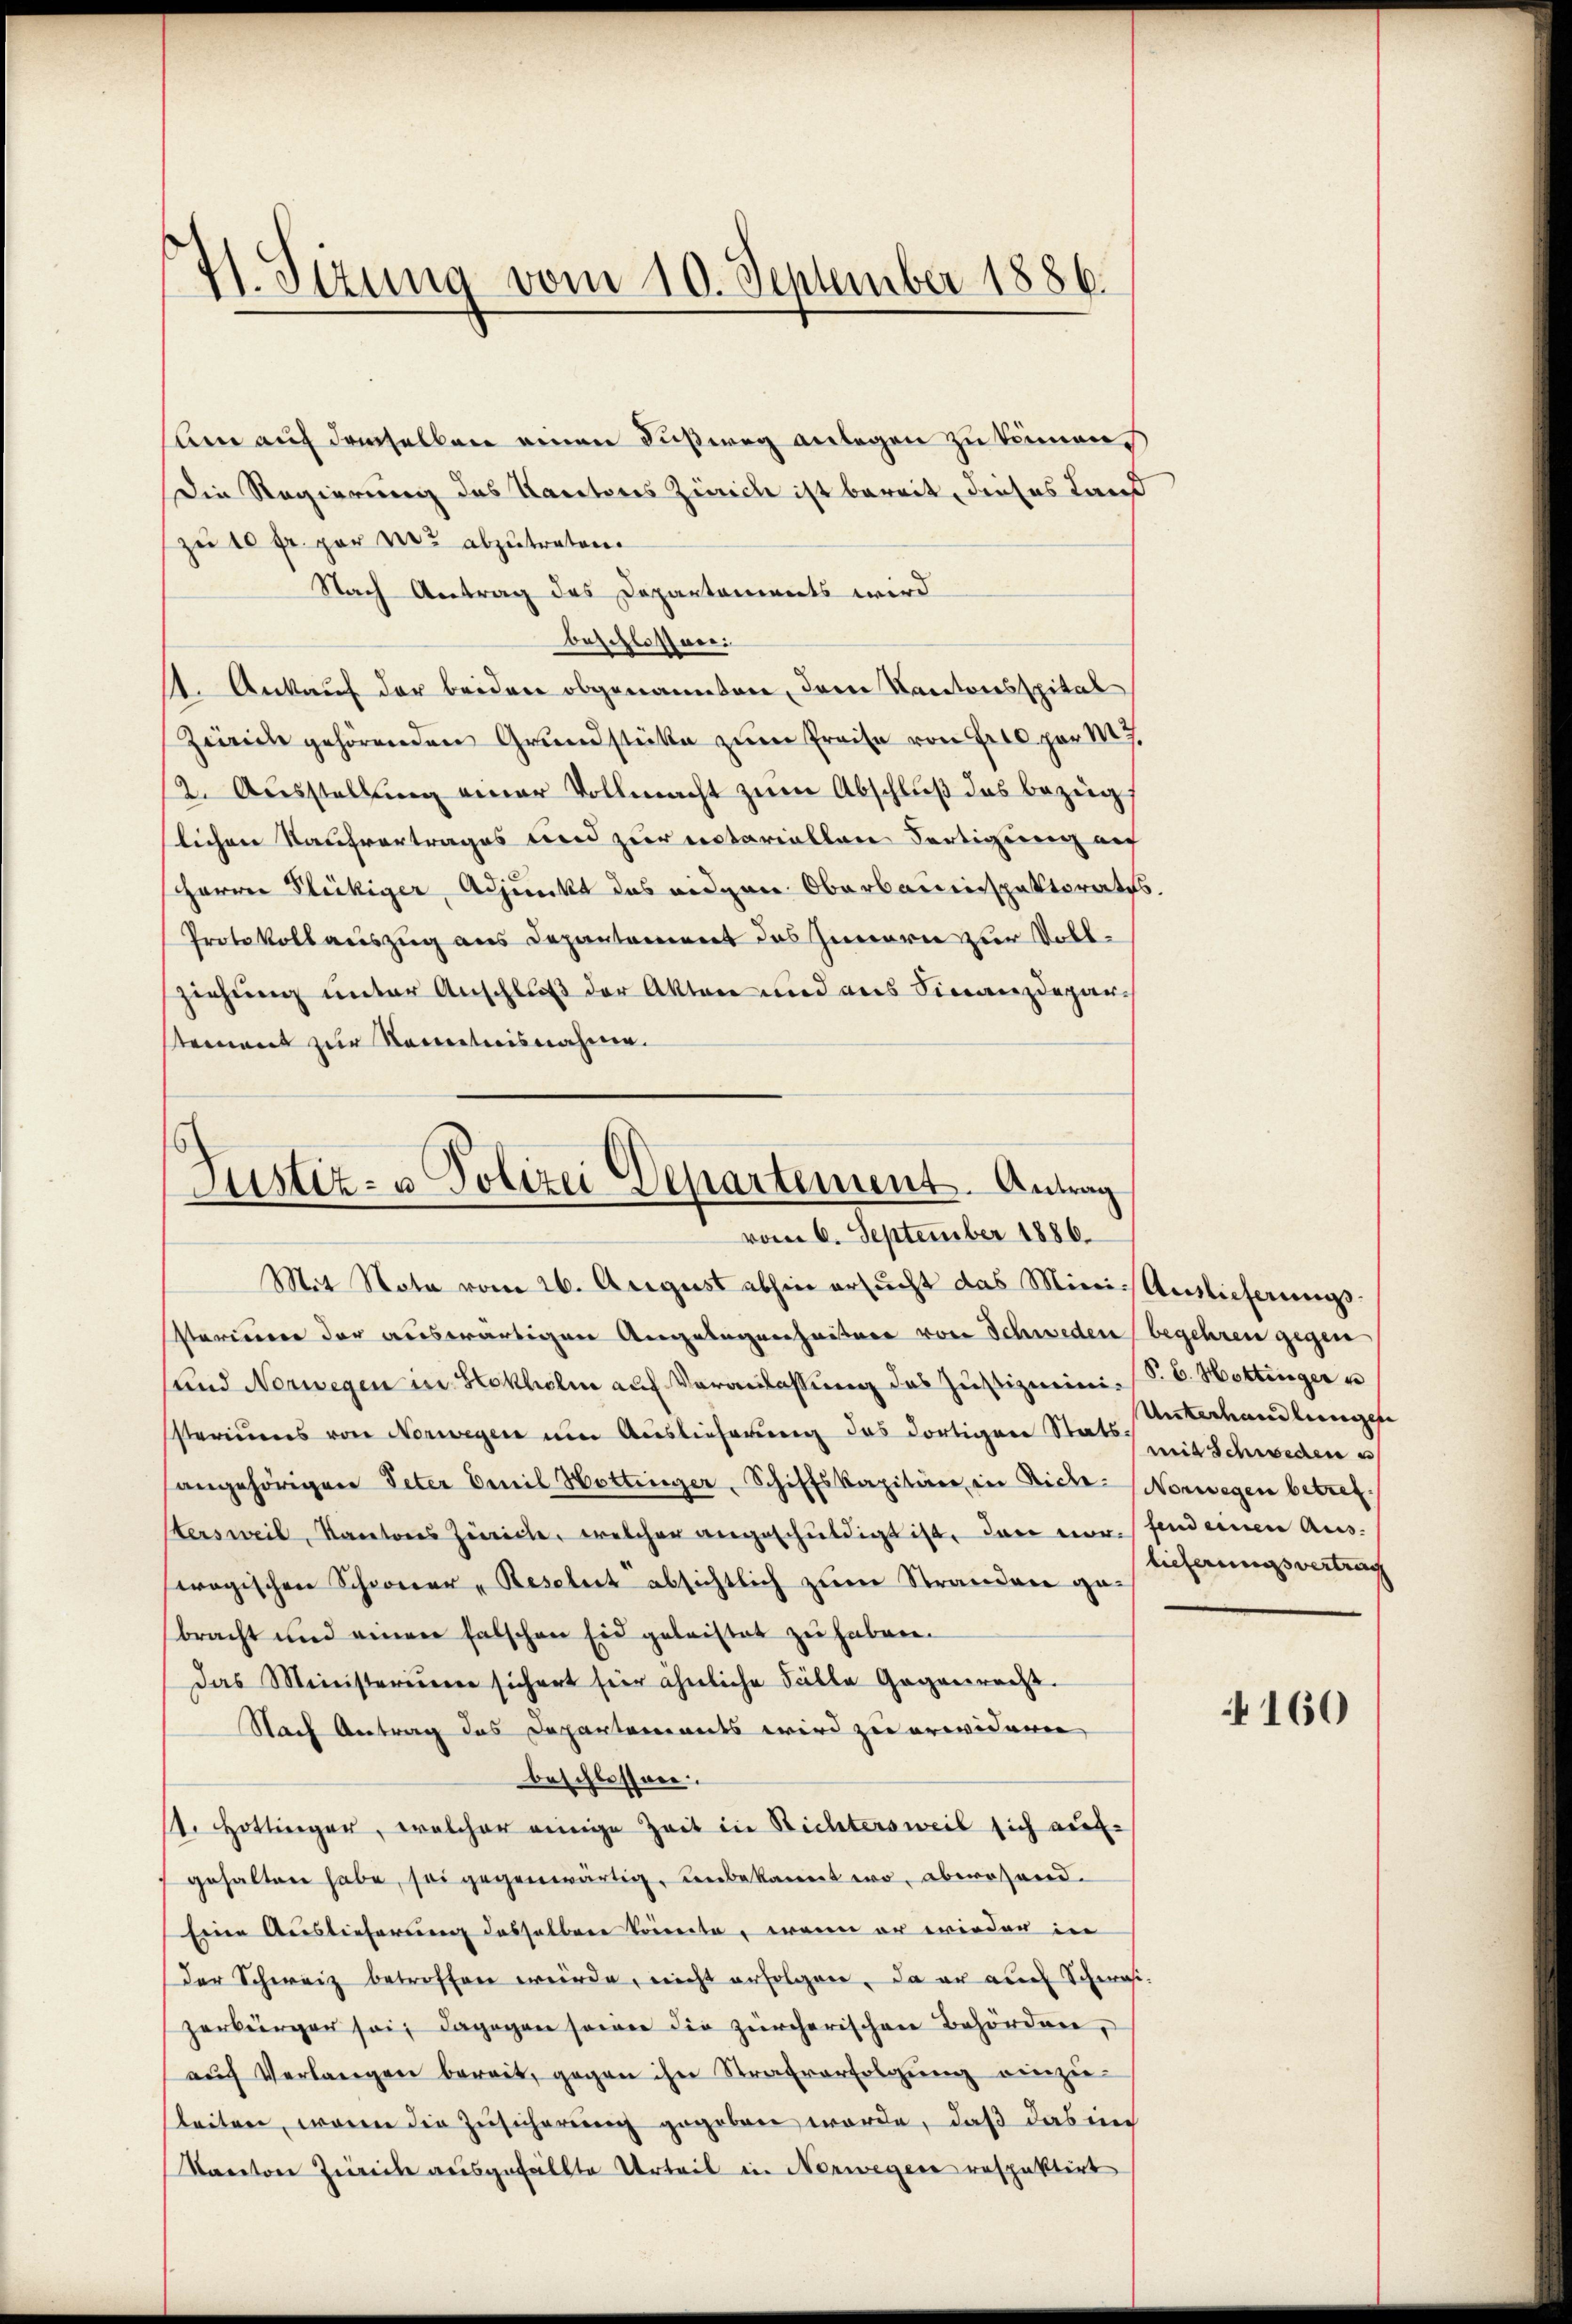
ane auf demselben einen Fußweg anlegen zu können
Die Regierung des Kantons Zürich ist bereit, dieses Land
zu 10 fr. gar nie abzutreten.
Nach Antrag des Departements wird
beschlossen:
1. Ankauf der beiden obgenometen, derer Kantonsspital
Zürich gehörenden Grundstücke zŭm Preise von Fr. per M.
2. Aŭsstellŭng einer Vollmacht zŭm Abschluß das bezeig
slichen Kaufvertrages und zur notariellen Fertigung auf
arrer Fleckiger, Adjunkt das eidgen Oberbauinspektorates.
Protokoll auszug aus Departement des Innern zur Vollziehung unter Anschluß der Akten und aus Finanzdeparstement zur Kenntnisnahme.

71. Stzung vom 10. September 1886.

Justiz- u Polizei Departement. Antrag
vom 6. September 1886.

Mit Nota vom 26. August abhin ersucht das Minis Auslieferungs-
sterimer der auswärtigen Angelegenheitere von Schweden begehren gegen
und Norwegen in Stokholm auf Veranlassung des Justizmini (S. 6. Hottinger u
ssteriums von Norwegen um Auslieferung das dortigen Stermit Schweden e
sangehörigen Peter Emil Hottinger, Schiffskapitäre in Biche Norwegen betref
Hersweil, Kantons Zürich, welcher angeschuldigt ist, den vor sind einen Auswogischen Schwerer „Resolut absichtlich zum Stranden ge-
bracht und einen falschen Eid geleistet zu haben.
das Ministerium sichert hier ähnliche Fälle Gegenrecht.
Nach Antrag das Departements wird zu erwideren
beschlossen.
1. Hottinger, welcher einige Zeit in Richtersweil sich auf-
gehalten habe, sei gegenwärtig, unbekannt wo, aberrhend.
seien Auslieferung desselben Korrecte, wenn er wieder in
der Schweiz betroffen würde, nicht erfolgen. Da er auch Schwasizerbürger sei, dagegen sowie die zürcherischen Behörden,
aŭf Verlangen bereit, gegen ihn Strafverfolgung einzu-
leiten, wenn die Zusicherung gegeben werde, daß das in
Taretone Zeile ausgefällte Urteil in Norwegere respektirt

Unterhandlungen
lieferungsvertrag

160